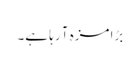
بڑا مزہ آ رہا ہے۔